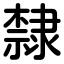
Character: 隸